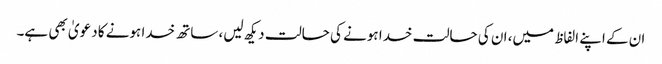
ان کے اپنے الفاظ میں، ان کی حالت خدا ہونے کی حالت دیکھ لیں، ساتھ خدا ہونے کا دعویٰ بھی ہے۔